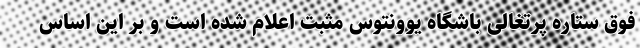
فوق ستاره پرتغالی باشگاه یوونتوس مثبت اعلام شده است و بر این اساس